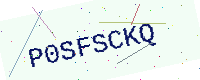
Text: P0SFSCKQ